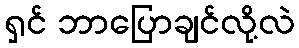
ရှင် ဘာပြောချင်လို့လဲ